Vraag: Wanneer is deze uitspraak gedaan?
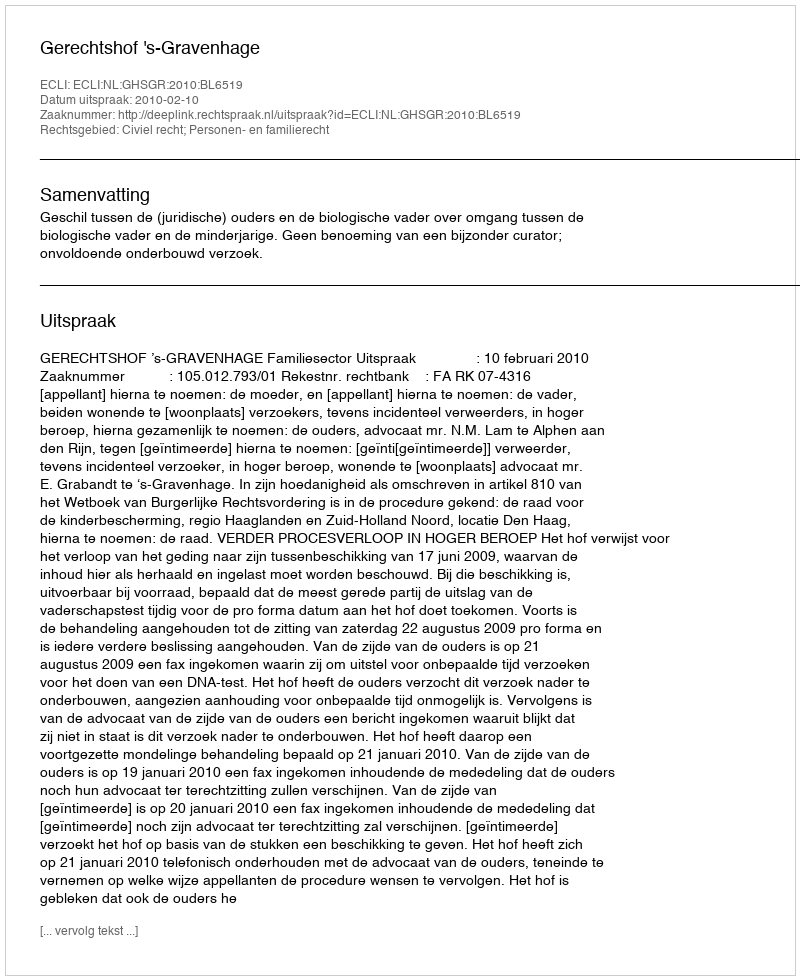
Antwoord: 2010-02-10